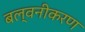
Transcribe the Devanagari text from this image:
बल्वनीकरण